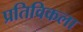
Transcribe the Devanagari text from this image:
प्रतिविकला